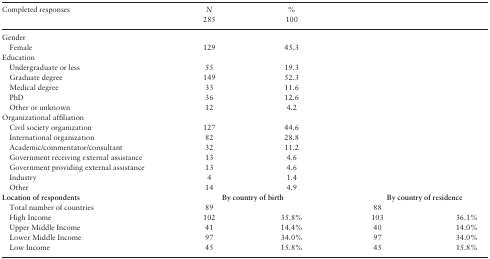
<table><thead><tr><td rowspan="2"><b>Completed responses</b></td><td><b><i>N</i></b></td><td><b>%</b></td><td></td><td></td></tr><tr><td><b>285</b></td><td><b>100</b></td><td></td><td></td></tr></thead><tbody><tr><td colspan="5">Gender</td></tr><tr><td>Female</td><td>129</td><td>45.3</td><td></td><td></td></tr><tr><td>Education</td><td></td><td></td><td></td><td></td></tr><tr><td>Undergraduate or less</td><td>55</td><td>19.3</td><td></td><td></td></tr><tr><td>Graduate degree</td><td>149</td><td>52.3</td><td></td><td></td></tr><tr><td>Medical degree</td><td>33</td><td>11.6</td><td></td><td></td></tr><tr><td>PhD</td><td>36</td><td>12.6</td><td></td><td></td></tr><tr><td>Other or unknown</td><td>12</td><td>4.2</td><td></td><td></td></tr><tr><td>Organizational affiliation</td><td></td><td></td><td></td><td></td></tr><tr><td>Civil society organization</td><td>127</td><td>44.6</td><td></td><td></td></tr><tr><td>International organization</td><td>82</td><td>28.8</td><td></td><td></td></tr><tr><td>Academic/commentator/consultant</td><td>32</td><td>11.2</td><td></td><td></td></tr><tr><td>Government receiving external assistance</td><td>13</td><td>4.6</td><td></td><td></td></tr><tr><td>Government providing external assistance</td><td>13</td><td>4.6</td><td></td><td></td></tr><tr><td>Industry</td><td>4</td><td>1.4</td><td></td><td></td></tr><tr><td>Other</td><td>14</td><td>4.9</td><td></td><td></td></tr><tr><td><b>Location of respondents</b></td><td colspan="2"><b>By country of birth</b></td><td colspan="2"><b>By country of residence</b></td></tr><tr><td>Total number of countries</td><td>89</td><td></td><td>88</td><td></td></tr><tr><td>High Income</td><td>102</td><td>35.8%</td><td>103</td><td>36.1%</td></tr><tr><td>Upper Middle Income</td><td>41</td><td>14.4%</td><td>40</td><td>14.0%</td></tr><tr><td>Lower Middle Income</td><td>97</td><td>34.0%</td><td>97</td><td>34.0%</td></tr><tr><td>Low Income</td><td>45</td><td>15.8%</td><td>45</td><td>15.8%</td></tr></tbody></table>